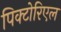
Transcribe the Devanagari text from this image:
पिक्टोरिएल